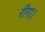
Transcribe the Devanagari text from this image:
रीगा।